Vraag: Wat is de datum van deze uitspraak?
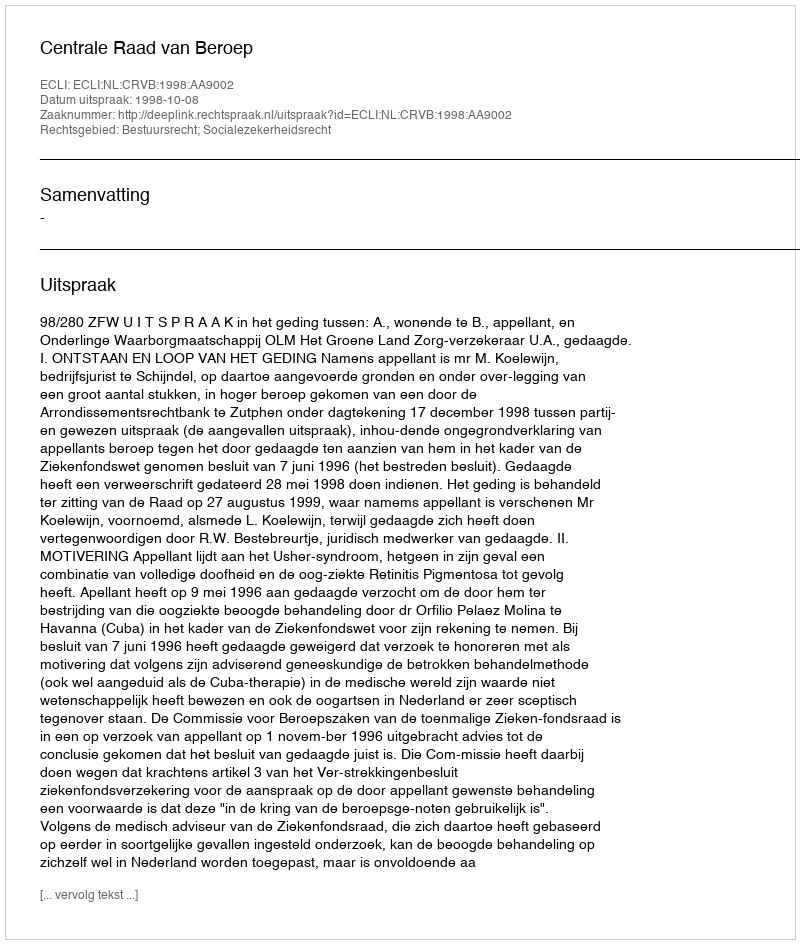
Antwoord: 1998-10-08